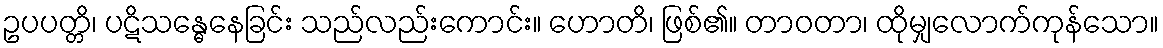
ဥပပတ္တိ၊ ပဋိသန္ဓေနေခြင်း သည်လည်းကောင်း။ ဟောတိ၊ ဖြစ်၏။ တာဝတာ၊ ထိုမျှလောက်ကုန်သော။